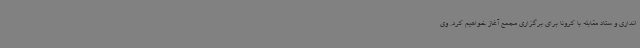
انداری و ستاد مقابله با کرونا برای برگزاری مجمع آغاز خواهیم کرد. وی